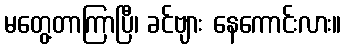
မတွေ့တာကြာပြီ၊ ခင်ဗျား နေကောင်းလား။